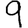
Digit: 9